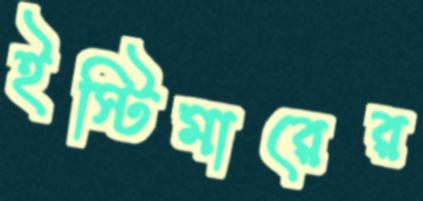
ইস্টিমারের